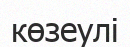
көзеулі